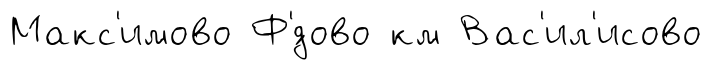
Макс'имово Ф'́дово км Вас'ил'исово